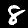
Digit: 8